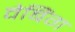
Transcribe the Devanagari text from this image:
वेबिंग